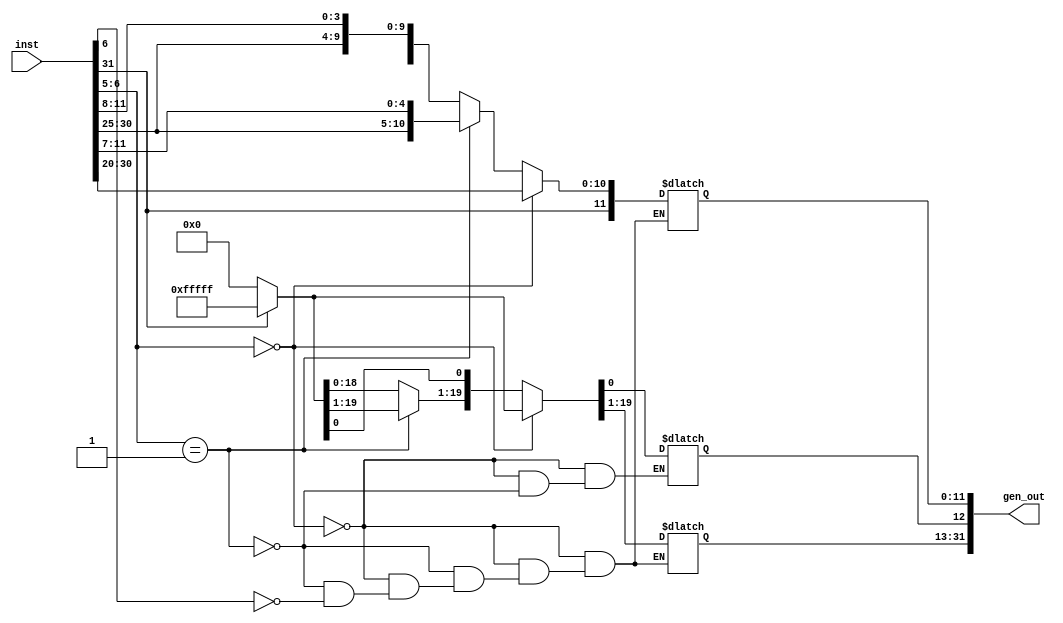
`timescale 1ns / 1ps

module ImmGen(input [31:0] inst, output reg [31:0] gen_out);

always@(*) begin
	if(inst[6:5] == 2'b00)  begin	//I-type
		gen_out[11:0] = inst[31:20];
		gen_out[31:12] = (inst[31] == 1'b0)?20'b00000000000000000000:20'b11111111111111111111;
 	end
	
	else if(inst[6:5] == 2'b01)  begin	//S-type
		gen_out[11:0] = {inst[31:25], inst[11:7]};
		gen_out[31:12] = (inst[31] == 1'b0)?20'b00000000000000000000:20'b11111111111111111111;
	end
	else if(inst[6] == 1'b1) begin //SB-type
		gen_out[11:0] = {inst[31], inst[7], inst[30:25], inst[11:8]};
		gen_out[31:13] = (inst[31] == 1'b0)?20'b00000000000000000000:20'b11111111111111111111;
	end
end
endmodule